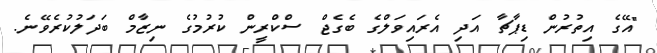
"އޭގެ އިތުރުން ޑިޕާޗާ އަދި އެރައިވަލްގެ ބެގެޖް ސްކްރީން ކުރުމުގެ ނިޒާމް ބަދަލުކުރެވޭނެ.